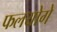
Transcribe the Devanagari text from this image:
फलयोगे